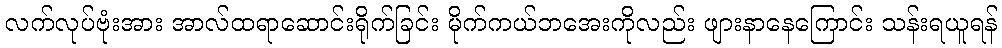
လက်လုပ်ဗုံးအား အာလ်ထရာဆောင်းရိုက်ခြင်း မိုက်ကယ်ဘအေးကိုလည်း ဖျားနာနေကြောင်း သန်းရယူရန်